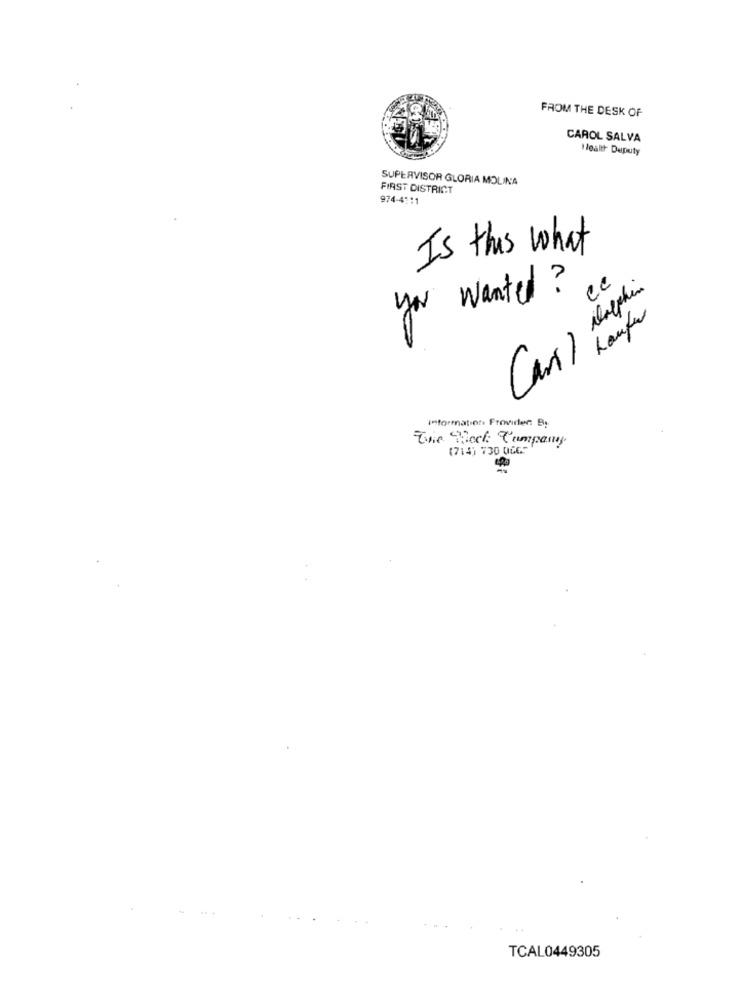
FROM THE DESK OF
CAROL SALVA
Health Deputy
SUPERVISOR GLORIA MOLINA
FIRST DISTRICT
974-4111
Is this what
ce
you wanted ?
ilalphin
Kaufen
Carl
Informations Froviden By
Beck Cumpany
(714) 730 0067
TCAL0449305